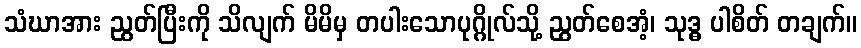
သံဃာအား ညွတ်ပြီးကို သိလျက် မိမိမှ တပါးသောပုဂ္ဂိုလ်သို့ ညွတ်စေအံ့၊ သုဒ္ဓ ပါစိတ် တချက်။